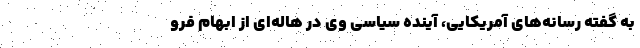
به گفته رسانه‌های آمریکایی، آینده سیاسی وی در هاله‌ای از ابهام فرو